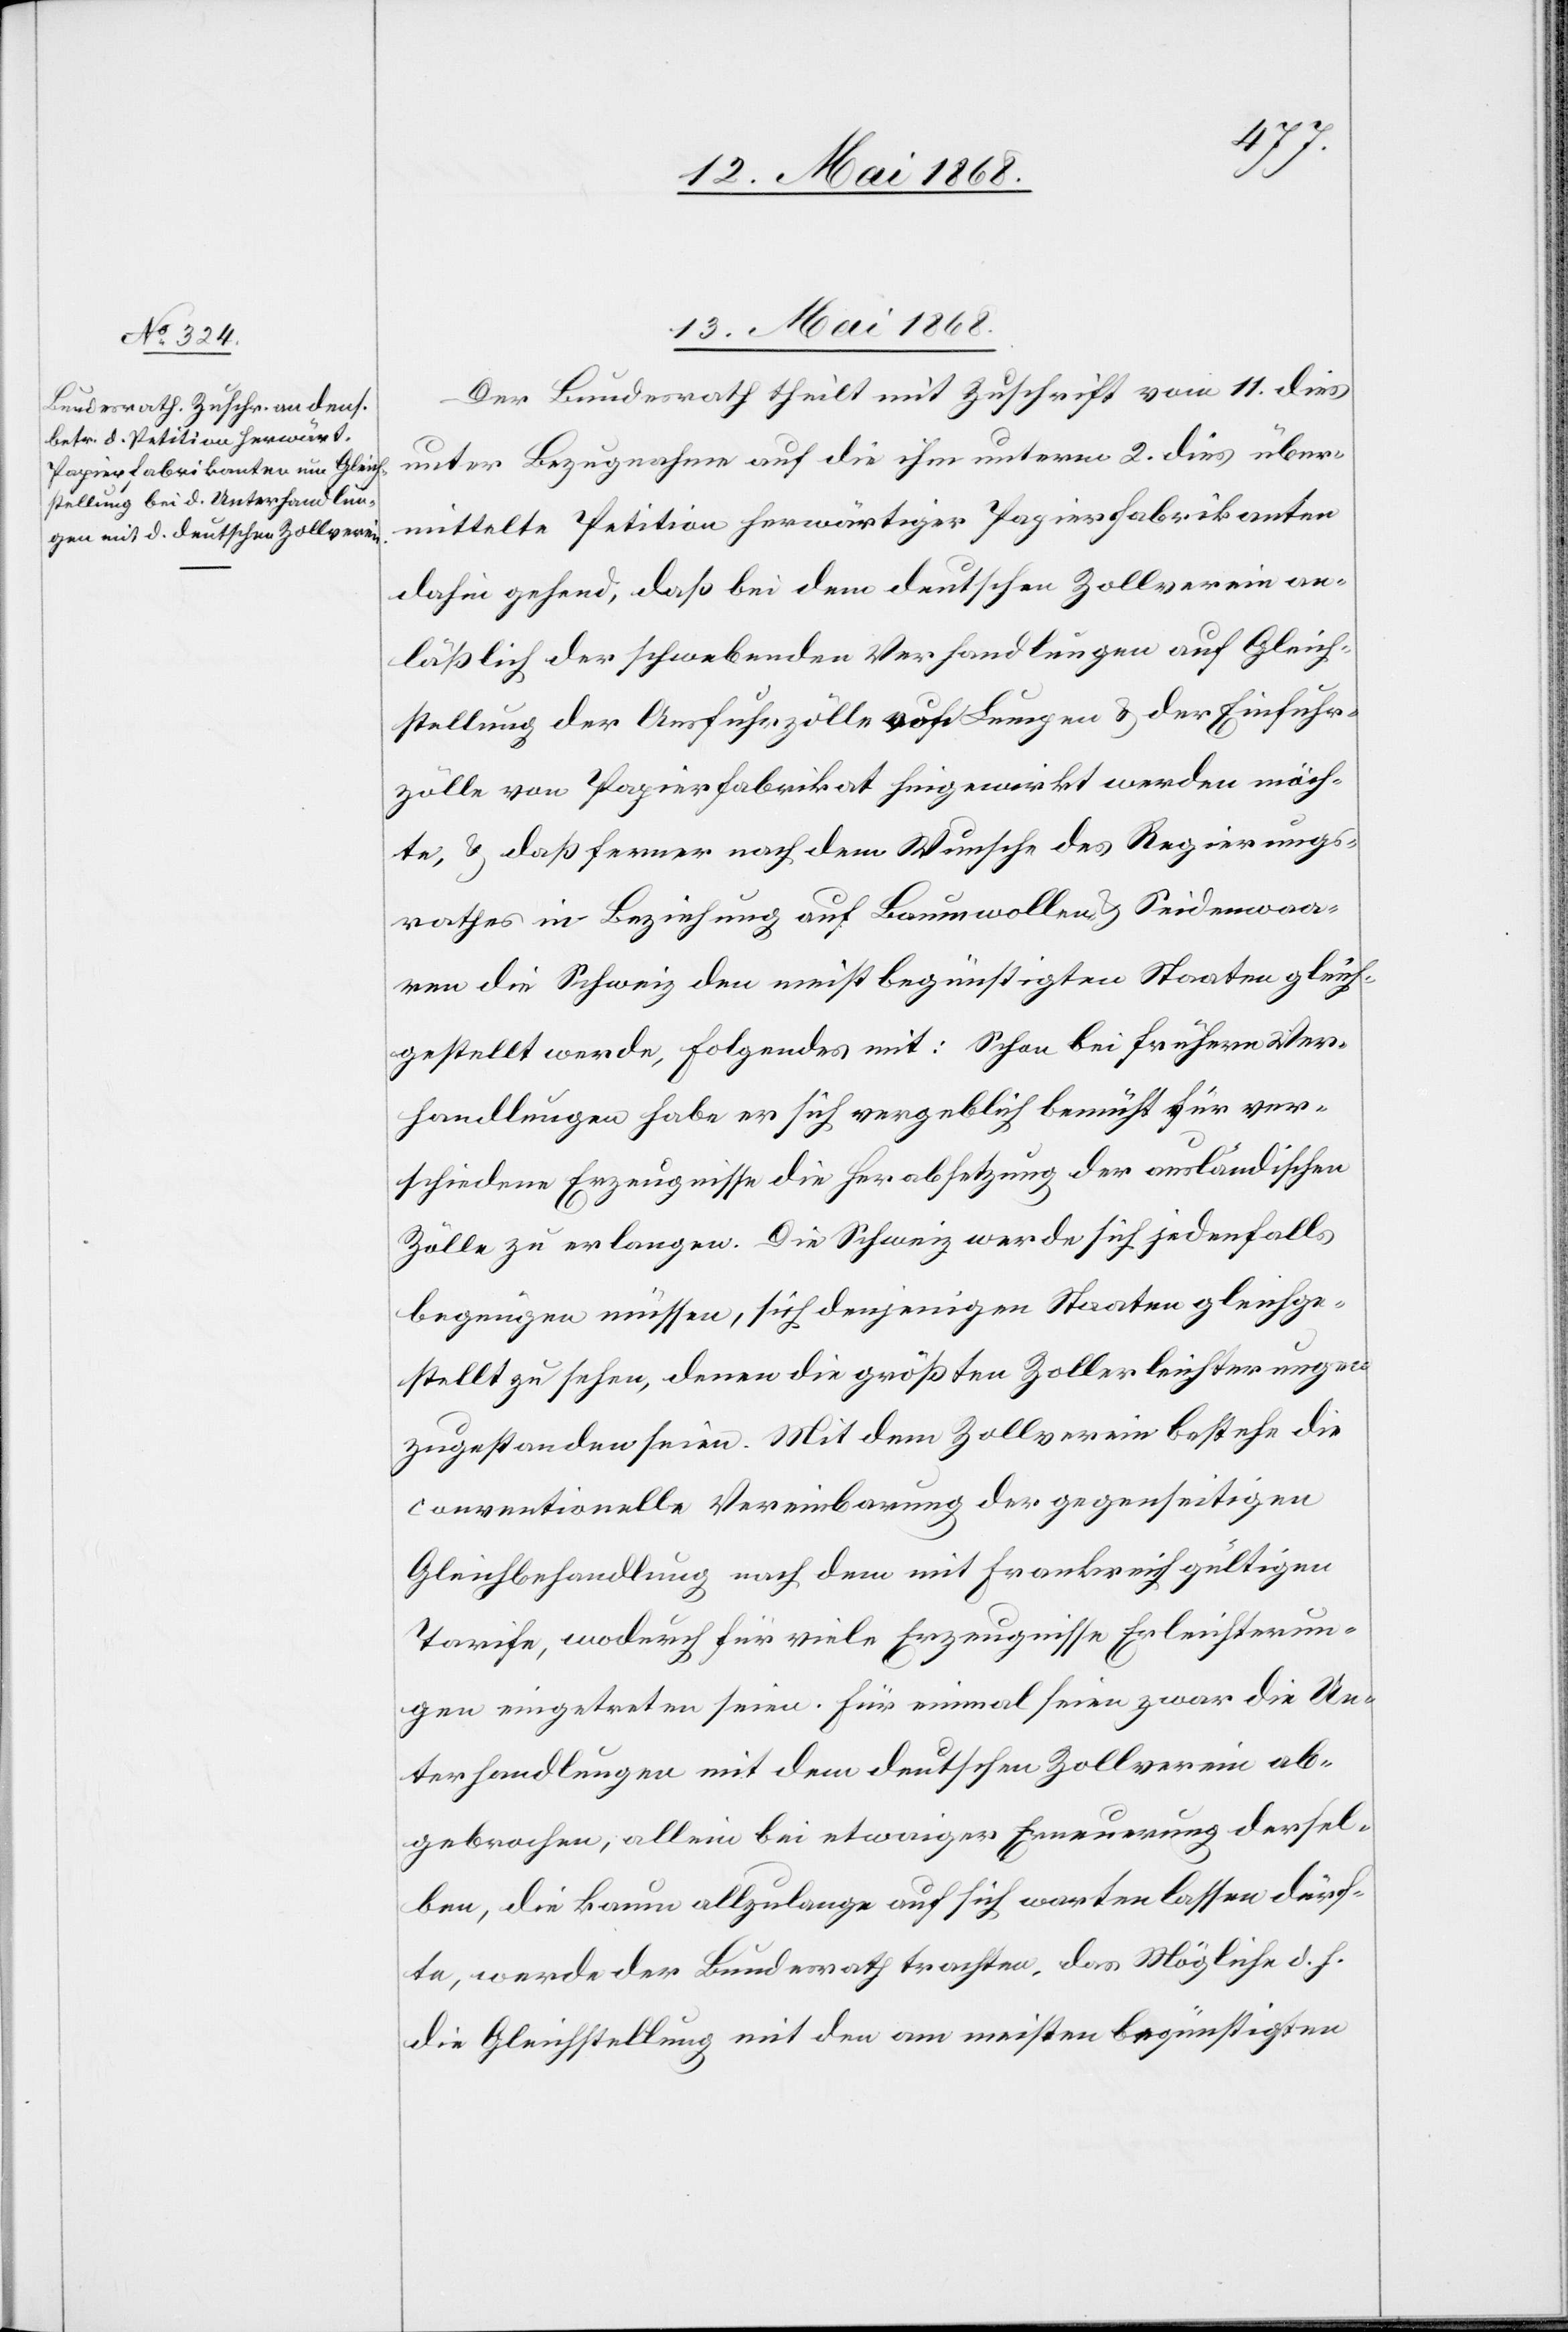
13. Mai 1868.
Der Bundesrath theilt mit Zuschrift vom 11. dies
unter Bezugnahme auf die ihm unterm 2. dies über¬
mittelte Petition herwärtiger Papierfabrikanten
dahin gehend, daß bei dem deutschen Zollverein an¬
läßlich der schwebenden Verhandlungen auf Gleich¬
stellung der Ausfuhrzölle von Lumpen & der Einfuhr¬
zölle von Papierfabrikat hingewirkt werden möch¬
te, & daß ferner nach dem Wunsche des Regierungs¬
rathes in Beziehung auf Baumwollen[-] & Seidenwaa¬
ren die Schweiz den meist begünstigten Staaten gleich¬
gestellt werde, Folgendes mit: Schon bei frühern Ver¬
handlungen habe er sich vergeblich bemüht für ver¬
schiedene Erzeugnisse die Herabsetzung der ausländischen
Zölle zu erlangen. Die Schweiz werde sich jedenfalls
begnügen müssen, sich denjenigen Staaten gleichge¬
stellt zu sehen, denen die größten Zollerleichterungen
zugestanden seien. Mit dem Zollverein bestehe die
conventionelle Vereinbarung der gegenseitigen
Gleichbehandlung nach dem mit Frankreich gültigen
Tarife, wodurch für viele Erzeugnisse Erleichterun¬
gen eingetreten seien. Für einmal seien zwar die Un¬
terhandlungen mit dem deutschen Zollverein ab¬
gebrochen; allein bei etwaiger Erneuerung dersel¬
ben, die kaum allzulange auf sich warten lassen dürf¬
te, werde der Bundesrath trachten, das Mögliche d. h.
die Gleichstellung mit den am meisten begünstigten